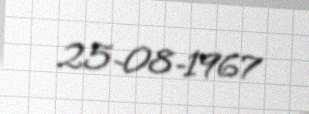
25-08-1967